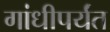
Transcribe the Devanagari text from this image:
गांधीपर्यंत